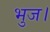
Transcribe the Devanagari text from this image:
भुज।